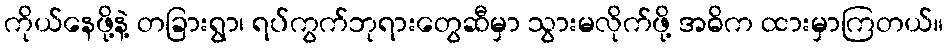
ကိုယ်နေဖို့နဲ့ တခြားရွာ၊ ရပ်ကွက်ဘုရားတွေဆီမှာ သွားမလိုက်ဖို့ အဓိက ထားမှာကြတယ်။